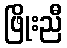
ဖြိုးညီ